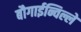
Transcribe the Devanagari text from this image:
बौगाईन्विल्ले